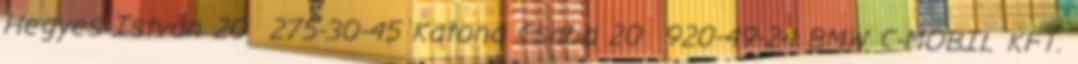
Hegyes István 20 275-30-45 Katona Csaba 20 920-49-24 BMW C-MOBIL KFT.